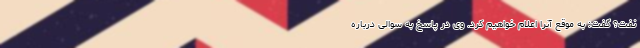
نفت؟ گفت: به موقع آنرا اعلام خواهیم کرد. وی در پاسخ به سوالی درباره